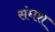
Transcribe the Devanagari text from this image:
संघश